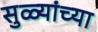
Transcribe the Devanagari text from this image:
सुळ्यांच्या